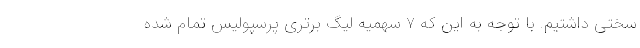
سختی داشتیم. با توجه به این که ٧ سهمیه لیگ برتری پرسپولیس تمام شده